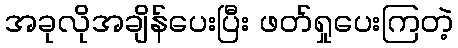
အခုလိုအချိန်ပေးပြီး ဖတ်ရှုပေးကြတဲ့